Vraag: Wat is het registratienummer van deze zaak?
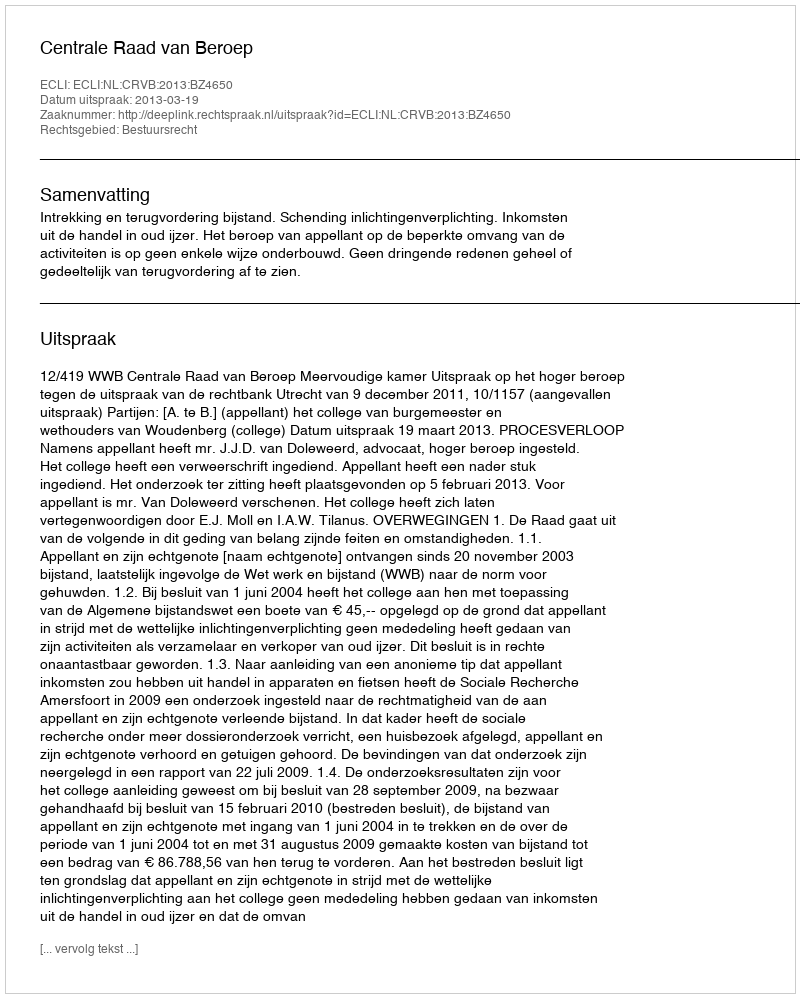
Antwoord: http://deeplink.rechtspraak.nl/uitspraak?id=ECLI:NL:CRVB:2013:BZ4650